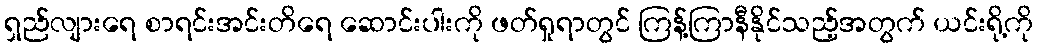
ရှည်လျားရေ စာရင်းအင်းတိရေ ဆောင်းပါးကို ဖတ်ရှုရာတွင် ကြန့်ကြာနီနိုင်သည့်အတွက် ယင်းရို့ကို